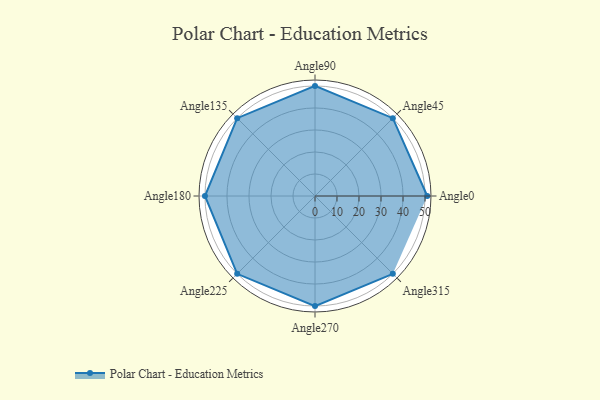
{"axis": {"x": "Angle", "y": "Radius"}, "legend": [""], "data": [{"x": "Angle0", "y": 51.0, "type": ""}, {"x": "Angle45", "y": 50.0, "type": ""}, {"x": "Angle90", "y": 50, "type": ""}, {"x": "Angle135", "y": 50, "type": ""}, {"x": "Angle180", "y": 50, "type": ""}, {"x": "Angle225", "y": 50, "type": ""}, {"x": "Angle270", "y": 50, "type": ""}, {"x": "Angle315", "y": 50, "type": ""}]}